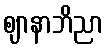
ဈာနာဘိညာ